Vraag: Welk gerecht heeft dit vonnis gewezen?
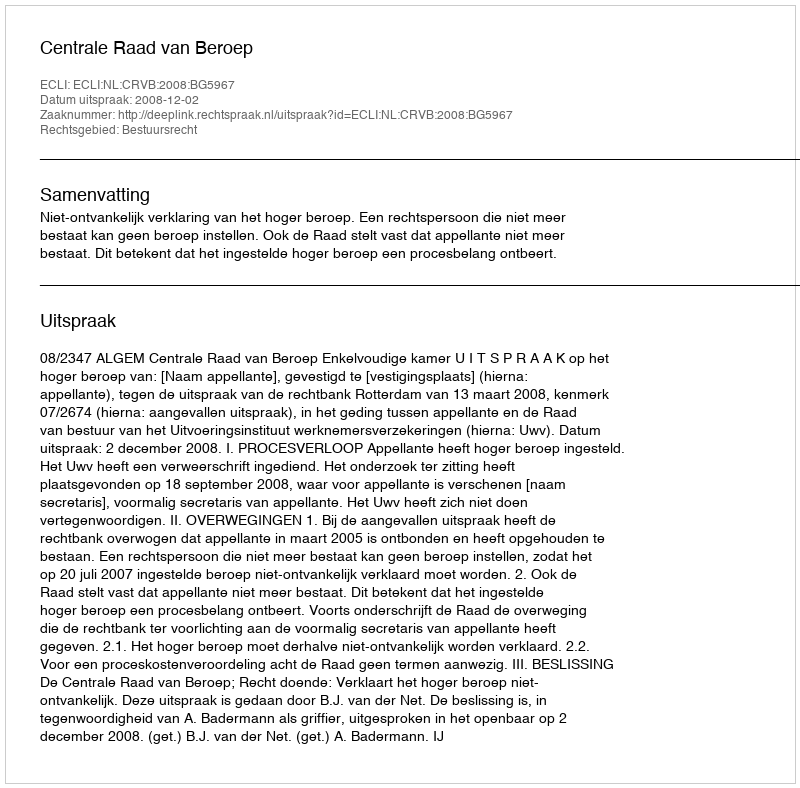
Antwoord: Centrale Raad van Beroep